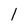
Character: 1